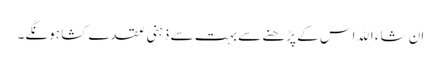
ان شاء اﷲ اس کے پڑھنے سے بہت سے ذہنی عقدے کشا ہونگے۔